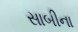
સાબીના